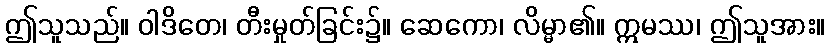
ဤသူသည်။ ဝါဒိတေ၊ တီးမှုတ်ခြင်း၌။ ဆေကော၊ လိမ္မာ၏။ ဣမဿ၊ ဤသူအား။